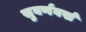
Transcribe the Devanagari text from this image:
सुवर्णवर्ख